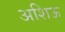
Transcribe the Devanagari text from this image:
अशिऊ